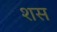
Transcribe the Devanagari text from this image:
शस